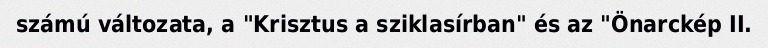
számú változata, a "Krisztus a sziklasírban" és az "Önarckép II.